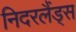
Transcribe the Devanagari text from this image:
निदरलैंड्स